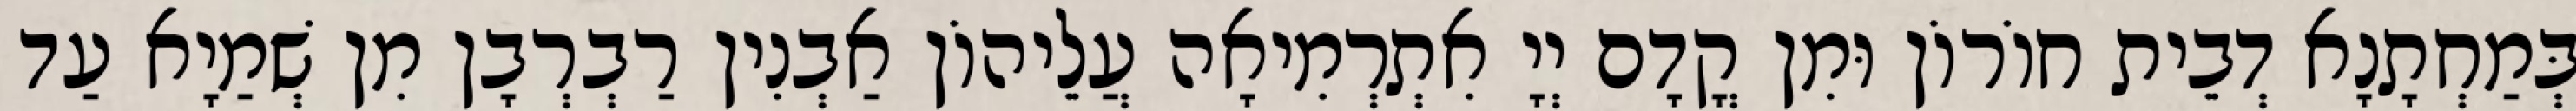
בְּמַחְתָנָא דְבֵית חוֹרוֹן וּמִן קֳדָם יְיָ אִתְרְמִיאָה עֲלֵיהוֹן אַבְנִין רַבְרְבָן מִן שְׁמַיָא עַד